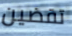
تقضين